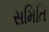
સમિતિ